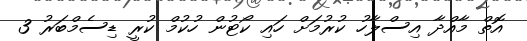
އޮތް މާއްދާ އިސްލާހު ކުރުމަށް ހައި ކޯޓުން ހުކުމް ކުރީ ޑިސެމްބަރު 3